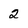
Character: 2